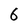
Character: 6